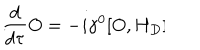
LaTeX: \frac { d } { d \tau } O = - i \gamma ^ { 0 } [ O , H _ { D } ] \hspace { . 4 i n } .